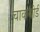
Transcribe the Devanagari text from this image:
चाकबोर्ड